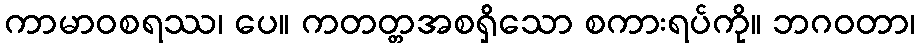
ကာမာဝစရဿ၊ ပေ။ ကတတ္တအစရှိသော စကားရပ်ကို။ ဘဂဝတာ၊